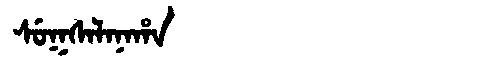
Manchu: ᠰᡠᡴᠰᠠᠯᠠᠨᠠᡥᠠ
Romanization: SUKSALANAHA